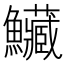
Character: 𩽮